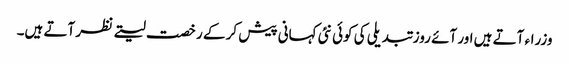
وزراء آتے ہیں اور آئے روز تبدیلی کی کوئی نئی کہانی پیش کر کے رخصت لیتے نظر آتے ہیں۔